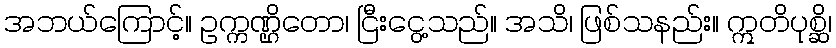
အဘယ်ကြောင့်။ ဥက္ကဏ္ဌိတော၊ ငြီးငွေ့သည်။ အသိ၊ ဖြစ်သနည်း။ ဣတိပုစ္ဆိ၊